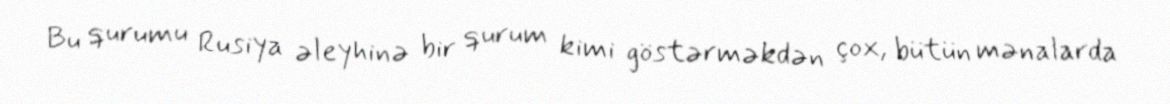
Bu qurumu Rusiya əleyhinə bir qurum kimi göstərməkdən çox, bütün mənalarda